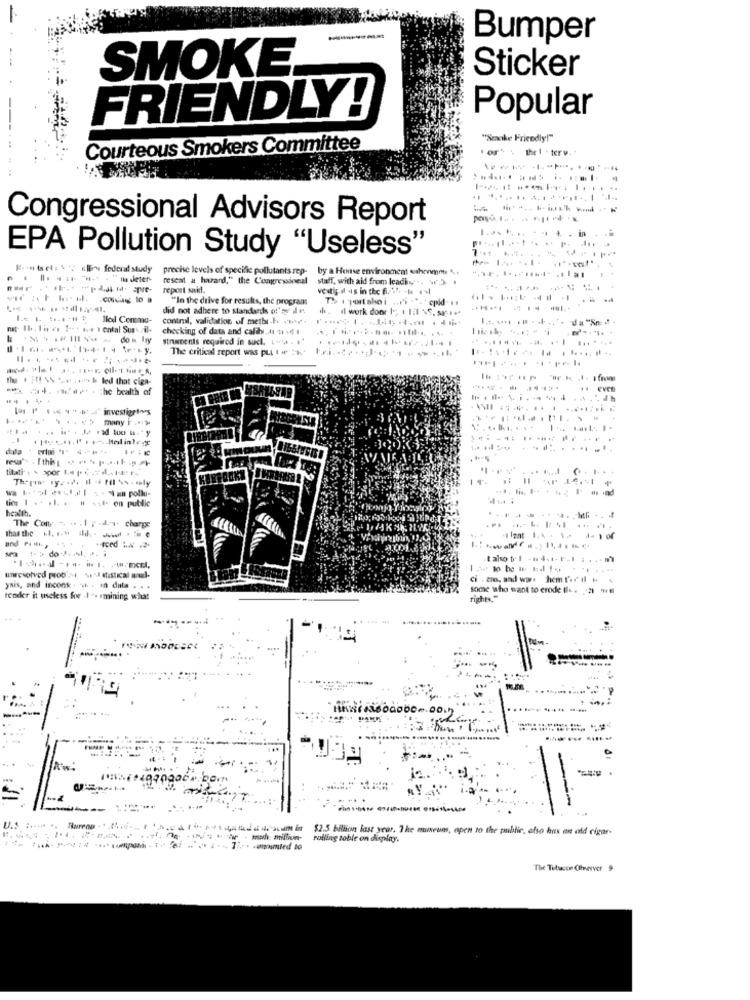
Bumper
SMOKE
Sticker
FRIENDLY!
Popular
"make Friendly!"
Courteous Smokers Committee
for : thel - terv-1
Congressional Advisors Report
.......... i
EPA Pollution Study "Useless"
Fin tel:\': " federal study
precise levels of specific pollutants rep-
by a House environment shownon ".
"in deter-
reseat a harand," the Congressional
staff, with ald from leading .. w )-
report sakt.
"In the drive for results, the program
ari ."- cpld. ..
did not adhere to standards of' ge il es
h . d work door 1 4 1il \9, sagteª
lled Commu-
control, validation of metbr-k 1mt.
mp- 1b. lis es 1 -* ** * ental Suav-il-
checking of data and calihalt 1 .6 1
struments required in such. [. . . "
.............. .......
The critical report was put e 51- hai ... . +
the . ; 155* led that Giga-
- -.... he health of
Vas ( (+ "" +investiertos
many [ ... )
tilaati . \ spor te per-
..... ......
ties 1 . . ... . # .... on public
health.
The Con -. .. . 1 ; . dr. charge
.....
. . .
.....
Than the .. .. ihih . www .
unresolved proo's s'J iasical sul-
ci . . ad ww. hem Dir il .
yais, and incons :. .... . in data . . .
some who want to erode Il .. 21 -
render it useless for .1 .- mining what
rights."
Aw:
$2.5 billion last year. The museum, open to the public, ofso has est old cigar-
-------
rolling table on display.
... . . .. T :- . - amounted 10
The Tubuscom Oheerver 9